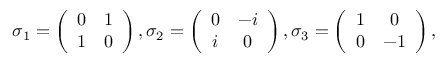
\begin{array} { r } { \sigma _ { 1 } = \left( \begin{array} { c c } { 0 } & { 1 } \\ { 1 } & { 0 } \end{array} \right) , \sigma _ { 2 } = \left( \begin{array} { c c } { 0 } & { - i } \\ { i } & { 0 } \end{array} \right) , \sigma _ { 3 } = \left( \begin{array} { c c } { 1 } & { 0 } \\ { 0 } & { - 1 } \end{array} \right) , } \end{array}